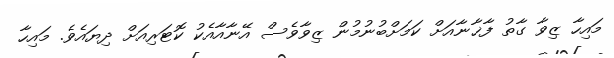
މައިހާ ޒިވާ ގާތު ފާޚާނާއަށް ކަމަށްބުނުމުން ޒިވާވެސް އޭނާއާއެކު ކޮޓަރިއަށް ދިޔައެވެ. މައިހާ